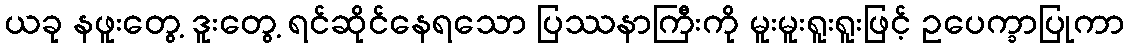
ယခု နဖူးတွေ့ ဒူးတွေ့ ရင်ဆိုင်နေရသော ပြဿနာကြီးကို မူးမူးရူးရူးဖြင့် ဥပေက္ခာပြုကာ